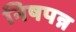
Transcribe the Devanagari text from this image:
निषपन्न